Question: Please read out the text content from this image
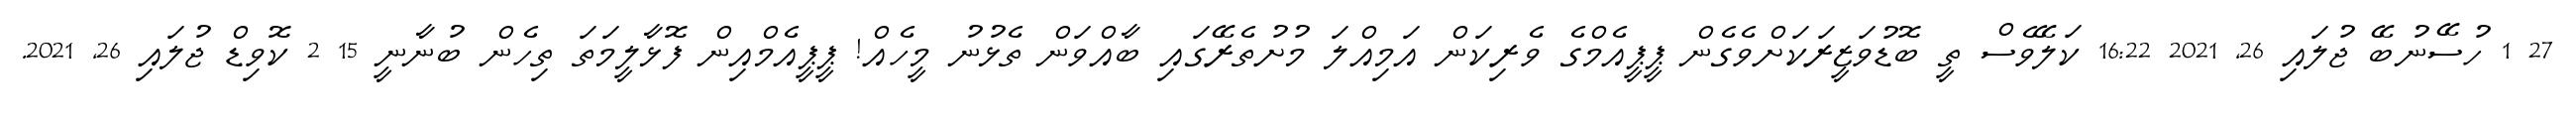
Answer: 27 1 ހުސޭނުބޭ ޖުލައި 26, 2021 16:22 ކަލޭވެސް ތީ ބޮޑުވަޒީރަކަށްވެގެން ޕީޕީއެމްގެ ވެރިކަން އަމިއްލަ މުށުތެރޭގައި ބާއްވަން ތެޅުނު މީހެއް! ޕީޕީއެމްއިން ފޮޅާލީމަތަ ތިހެން ބުނާނީ 15 2 ކޮވިޑް ޖުލައި 26, 2021.